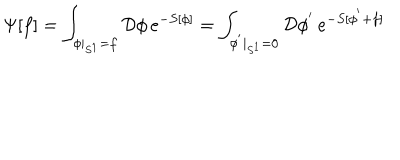
\Psi [ f ] = \int _ { \phi | _ { S ^ { 1 } } = f } { \cal D } \phi \, e ^ { - S [ \phi ] } = \int _ { \phi ^ { ' } | _ { S ^ { 1 } } = 0 } { \cal D } \phi ^ { ' } \, e ^ { - S [ \phi ^ { ' } + f ] }